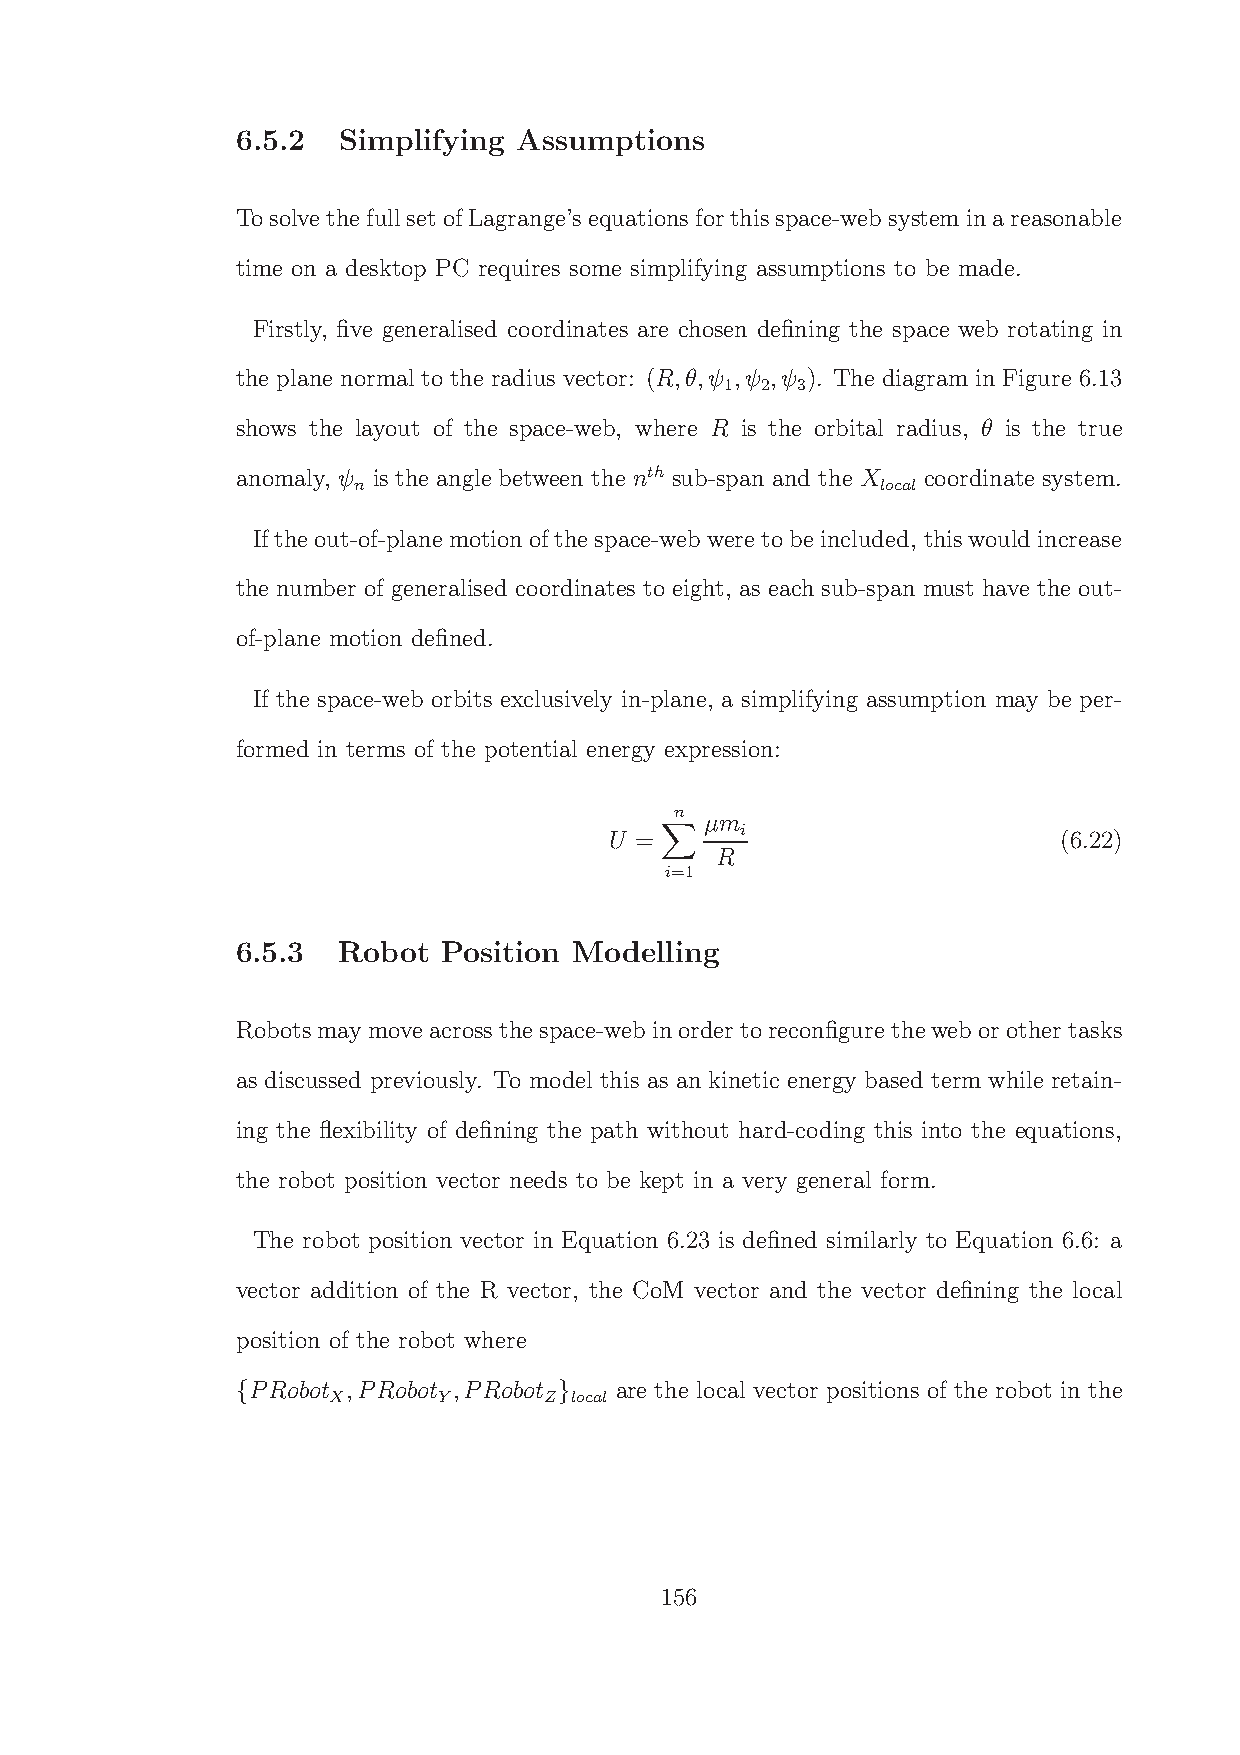
6.5.2 Simplifying Assumptions
 TosolvethefullsetofLagrange’sequationsforthisspace-websystem inareasonable
 time on a desktop PC requires some simplifying assumptions to be made.
 Firstly, five generalised coordinates are chosen defining the space web rotating in
 the plane normal to the radius vector: (R,θ,ψ ,ψ ,ψ ). The diagram in Figure 6.13
 1 2  3
 shows the layout of the space-web, where R is the orbital radius, θ is the true
 anomaly, ψ is the angle between the nth sub-span and the X coordinate system.
 n                                  local
 Iftheout-of-planemotionofthespace-web were tobeincluded, thiswould increase
 the number of generalised coordinates to eight, as each sub-span must have the out-
 of-plane motion defined.
 If the space-web orbits exclusively in-plane, a simplifying assumption may be per-
 formed in terms of the potential energy expression:
 n
 µm
 i
 U =                           (6.22)
 R
 i=1
 X
 6.5.3 Robot  Position Modelling
 Robotsmay move acrossthespace-web inorder toreconfigure theweb orother tasks
 as discussed previously. To model this as an kinetic energy based term while retain-
 ing the flexibility of defining the path without hard-coding this into the equations,
 the robot position vector needs to be kept in a very general form.
 The robot position vector in Equation 6.23 is defined similarly to Equation 6.6: a
 vector addition of the R vector, the CoM vector and the vector defining the local
 position of the robot where
 PRobot ,PRobot ,PRobot   are the local vector positions of the robot in the
 X      Y      Z local
 {                    }
 156